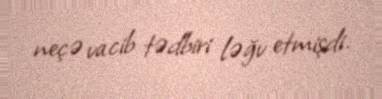
neçə vacib tədbiri ləğv etmişdi.